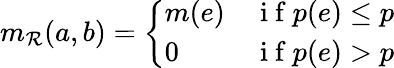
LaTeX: m_{\mathcal{R}}(a,b)=\left\{ \begin{array}{ll}{m(e)}&{\mathrm{~i~f~}p(e)\leq p}\\ {0}&{\mathrm{~i~f~}p(e)>p}\end{array}\right.